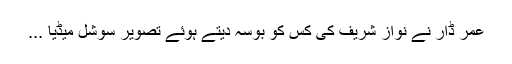
عمر ڈار نے نواز شریف کی کس کو بوسہ دیتے ہوئے تصویر سوشل میڈیا ...